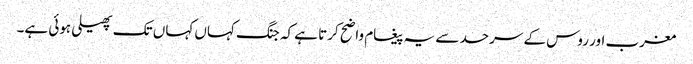
مغرب اور روس کے سرحد سے یہ پیغام واضح کرتا ہے کہ جنگ کہاں کہاں تک پھیلی ہوئی ہے۔